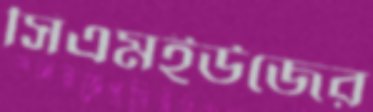
সিএমইউজের